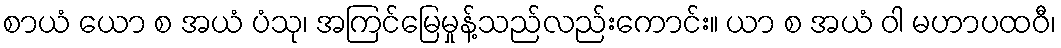
စာယံ ယော စ အယံ ပံသု၊ အကြင်မြေမှုန့်သည်လည်းကောင်း။ ယာ စ အယံ ဝါ မဟာပထဝီ၊